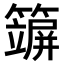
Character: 𥵪